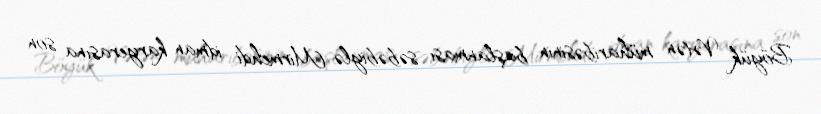
Böyük Vətən müharibəsinin başlanması səbəbiylə Mirmehdi idman karyerasına son